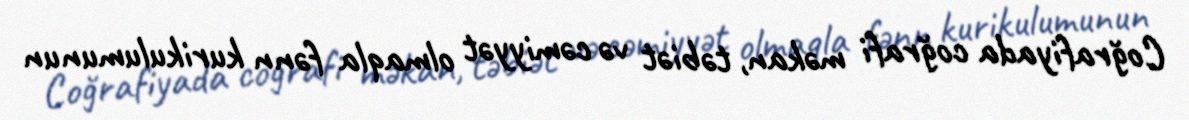
Coğrafiyada coğrafi məkan, təbiət və cəmiyyət olmaqla fənn kurikulumunun